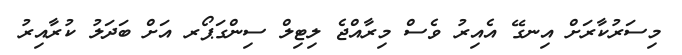
މިސަރުކާރަށް އިނގޭ އެއިރު ވެސް މިރާއްޖެ ލިޓިލް ސިންގަޕޯރ އަށް ބަދަލު ކުރާއިރު